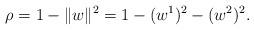
LaTeX: \begin{align*}\rho = 1 - \Vert w \Vert^2 &= 1 - (w^1)^2 - (w^2)^2.\end{align*}